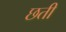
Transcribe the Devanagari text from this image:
छती